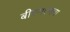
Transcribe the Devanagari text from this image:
बीएमएमचा